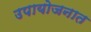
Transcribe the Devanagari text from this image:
उपायोजनात